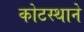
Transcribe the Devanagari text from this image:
कोटस्थाने